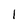
Character: I